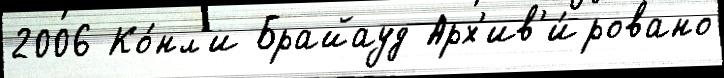
2006 Ко́нл'и Брайауд Арх'ив'и́ровано